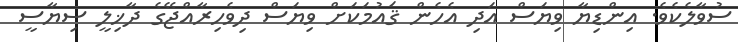
ސުވާލެކެވެ. އިންޑިޔާ ވިޔަސް އަދި އެހެން ޤައުމަކަށް ވިޔަސް ދިވެހިރާއްޖޭގެ ދާޚިލީ ސިޔާސީ